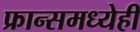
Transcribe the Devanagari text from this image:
फ्रान्समध्येही